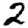
Digit: 2